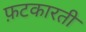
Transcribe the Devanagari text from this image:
फ़टकारती